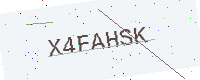
Text: X4FAHSK